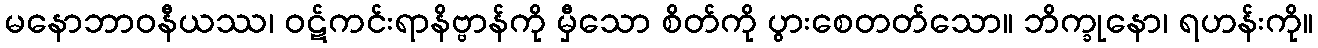
မနောဘာဝနီယဿ၊ ဝဋ်ကင်းရာနိဗ္ဗာန်ကို မှီသော စိတ်ကို ပွားစေတတ်သော။ ဘိက္ခုနော၊ ရဟန်းကို။